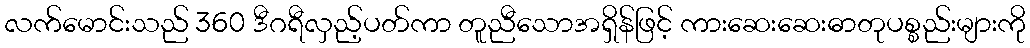
လက်မောင်းသည် 360 ဒီဂရီလှည့်ပတ်ကာ တူညီသောအရှိန်ဖြင့် ကားဆေးဆေးဓာတုပစ္စည်းများကို